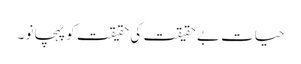
حیات بے حقیقت کی حقیقت کو پہچانو ۔